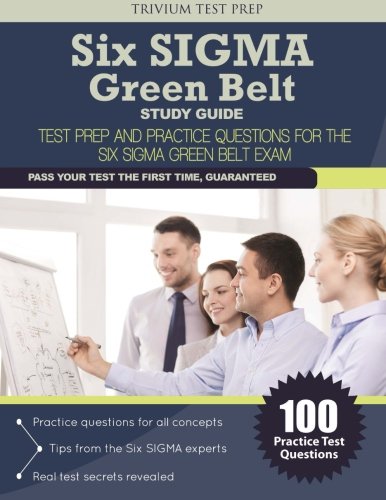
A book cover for Six SIGMA Green Belt Study Guide: Test Prep and Practice Questions for the Six SIGMA Green Belt Exam; Trivium Test Prep; Politics & Social Sciences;